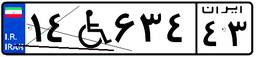
۷۳W۴۲۱۸۷